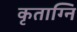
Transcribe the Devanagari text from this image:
कृताग्नि